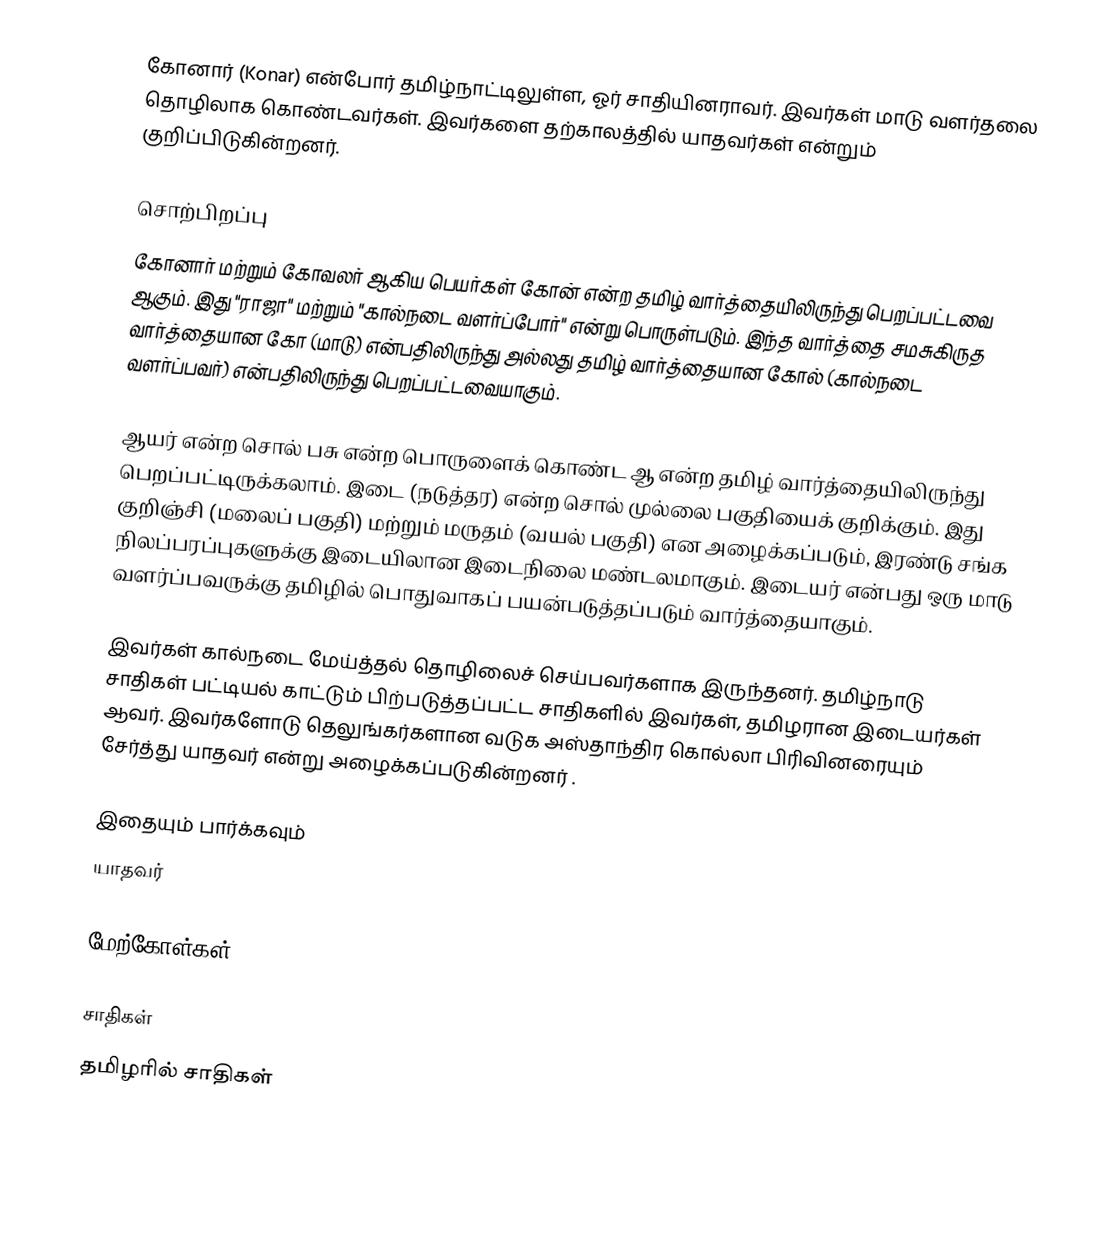
கோனார் (Konar) என்போர் தமிழ்நாட்டிலுள்ள,  ஓர் சாதியினராவர். இவர்கள் மாடு வளர்தலை தொழிலாக கொண்டவர்கள். இவர்களை தற்காலத்தில் யாதவர்கள் என்றும் குறிப்பிடுகின்றனர்.

சொற்பிறப்பு
கோனார் மற்றும் கோவலர் ஆகிய பெயர்கள் கோன் என்ற தமிழ் வார்த்தையிலிருந்து பெறப்பட்டவை ஆகும். இது "ராஜா" மற்றும் "கால்நடை வளர்ப்போர்" என்று பொருள்படும். இந்த வார்த்தை சமசுகிருத வார்த்தையான கோ (மாடு) என்பதிலிருந்து அல்லது தமிழ் வார்த்தையான கோல் (கால்நடை வளர்ப்பவர்) என்பதிலிருந்து பெறப்பட்டவையாகும்.

ஆயர் என்ற சொல் பசு என்ற பொருளைக் கொண்ட ஆ என்ற தமிழ் வார்த்தையிலிருந்து பெறப்பட்டிருக்கலாம். இடை (நடுத்தர) என்ற சொல் முல்லை பகுதியைக் குறிக்கும். இது குறிஞ்சி (மலைப் பகுதி) மற்றும் மருதம் (வயல் பகுதி) என அழைக்கப்படும், இரண்டு சங்க நிலப்பரப்புகளுக்கு இடையிலான இடைநிலை மண்டலமாகும். இடையர் என்பது ஒரு மாடு வளர்ப்பவருக்கு தமிழில் பொதுவாகப் பயன்படுத்தப்படும் வார்த்தையாகும்.

இவர்கள் கால்நடை மேய்த்தல் தொழிலைச் செய்பவர்களாக இருந்தனர். தமிழ்நாடு சாதிகள் பட்டியல் காட்டும் பிற்படுத்தப்பட்ட சாதிகளில் இவர்கள், தமிழரான இடையர்கள் ஆவர். இவர்களோடு தெலுங்கர்களான வடுக அஸ்தாந்திர கொல்லா பிரிவினரையும் சேர்த்து யாதவர் என்று அழைக்கப்படுகின்றனர் .

இதையும் பார்க்கவும்
யாதவர்

மேற்கோள்கள்

சாதிகள்
தமிழரில் சாதிகள்